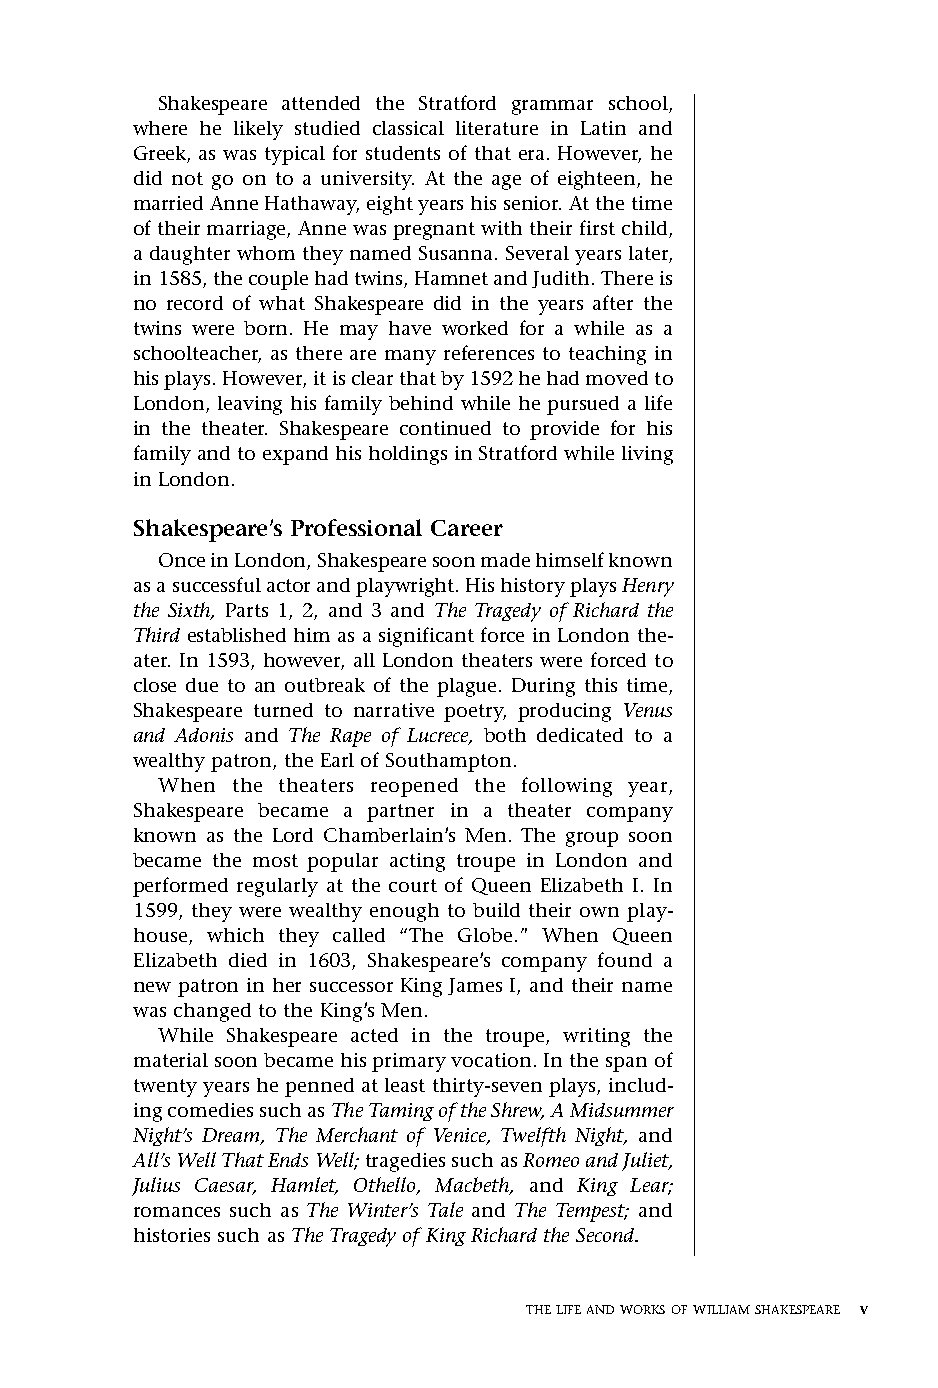
Othello FM.qxd 1/14/05 9:25 AM Page v
 Shakespeare attended the Stratford grammar school,
 where he likely studied classical literature in Latin and
 Greek, as was typical for students of that era. However, he
 did not go on to a university. At the age of eighteen, he
 married Anne Hathaway, eight years his senior. At the time
 of their marriage, Anne was pregnant with their first child,
 a daughter whom they named Susanna. Several years later,
 in 1585, the couple had twins, Hamnet and Judith. There is
 no record of what Shakespeare did in the years after the
 twins were born. He may have worked for a while as a
 schoolteacher, as there are many references to teaching in
 his plays. However, it is clear that by 1592 he had moved to
 London, leaving his family behind while he pursued a life
 in the theater. Shakespeare continued to provide for his
 family and to expand his holdings in Stratford while living
 in London.
 Shakespeare’s Professional Career
 Once in London, Shakespeare soon made himself known
 as a successful actor and playwright. His history plays Henry
 the Sixth, Parts 1, 2, and 3 and The Tragedy of Richard the
 Third established him as a significant force in London the-
 ater. In 1593, however, all London theaters were forced to
 close due to an outbreak of the plague. During this time,
 Shakespeare turned to narrative poetry, producing Venus
 and Adonis and The Rape of Lucrece, both dedicated to a
 wealthy patron, the Earl of Southampton.
 When the theaters reopened the following year,
 Shakespeare became a partner in a theater company
 known as the Lord Chamberlain’s Men. The group soon
 became the most popular acting troupe in London and
 performed regularly at the court of Queen Elizabeth I. In
 1599, they were wealthy enough to build their own play-
 house, which they called “The Globe.” When Queen
 Elizabeth died in 1603, Shakespeare’s company found a
 new patron in her successor King James I, and their name
 was changed to the King’s Men.
 While Shakespeare acted in the troupe, writing the
 material soon became his primary vocation. In the span of
 twenty years he penned at least thirty-seven plays, includ-
 ing comedies such as The Taming of the Shrew, A Midsummer
 Night’s Dream, The Merchant of Venice, Twelfth Night, and
 All’s Well That Ends Well; tragedies such as Romeo and Juliet,
 Julius Caesar, Hamlet, Othello, Macbeth, and King Lear;
 romances such as The Winter’s Tale and The Tempest; and
 histories such asThe Tragedy of King Richard the Second.
 THELIFEANDWORKSOFWILLIAMSHAKESPEARE v